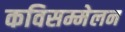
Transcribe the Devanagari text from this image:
कविसम्मेलन